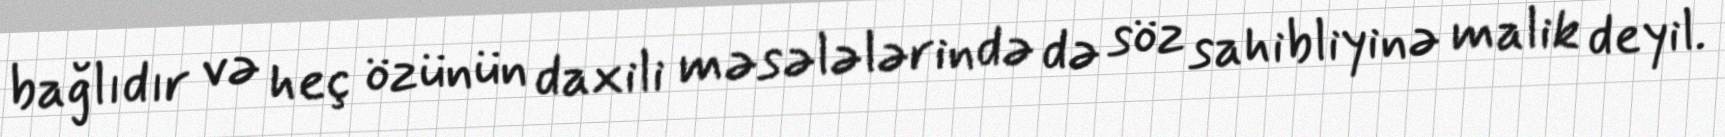
bağlıdır və heç özünün daxili məsələlərində də söz sahibliyinə malik deyil.